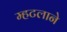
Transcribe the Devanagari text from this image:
म्हटलाने